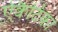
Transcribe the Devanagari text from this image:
ऐक्वैटिका